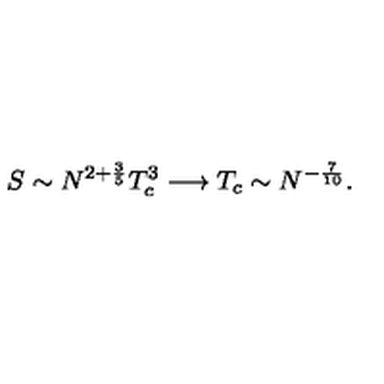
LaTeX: S \sim N ^ { 2 + \frac { 3 } { 5 } } T _ { c } ^ { 3 } \longrightarrow T _ { c } \sim N ^ { - \frac { 7 } { 1 0 } } .